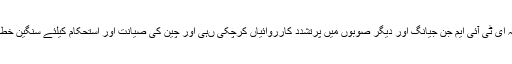
انہوں نے کہا کہ ای ٹی آئی ایم جن جیانگ اور دیگر صوبوں میں پرتشدد کارروائیاں کرچکی ںہی اور چین کی صیانت اور استحکام کیلئے سنگین خطرہ بن گئی ہے ۔